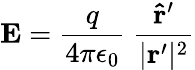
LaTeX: \mathbf{E}={\frac{q}{4\pi\epsilon_{0}}}\ {\frac{\mathbf{{\hat{r}}^{\prime}}}{|\mathbf{r}^{\prime}|^{2}}}